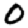
Digit: 0